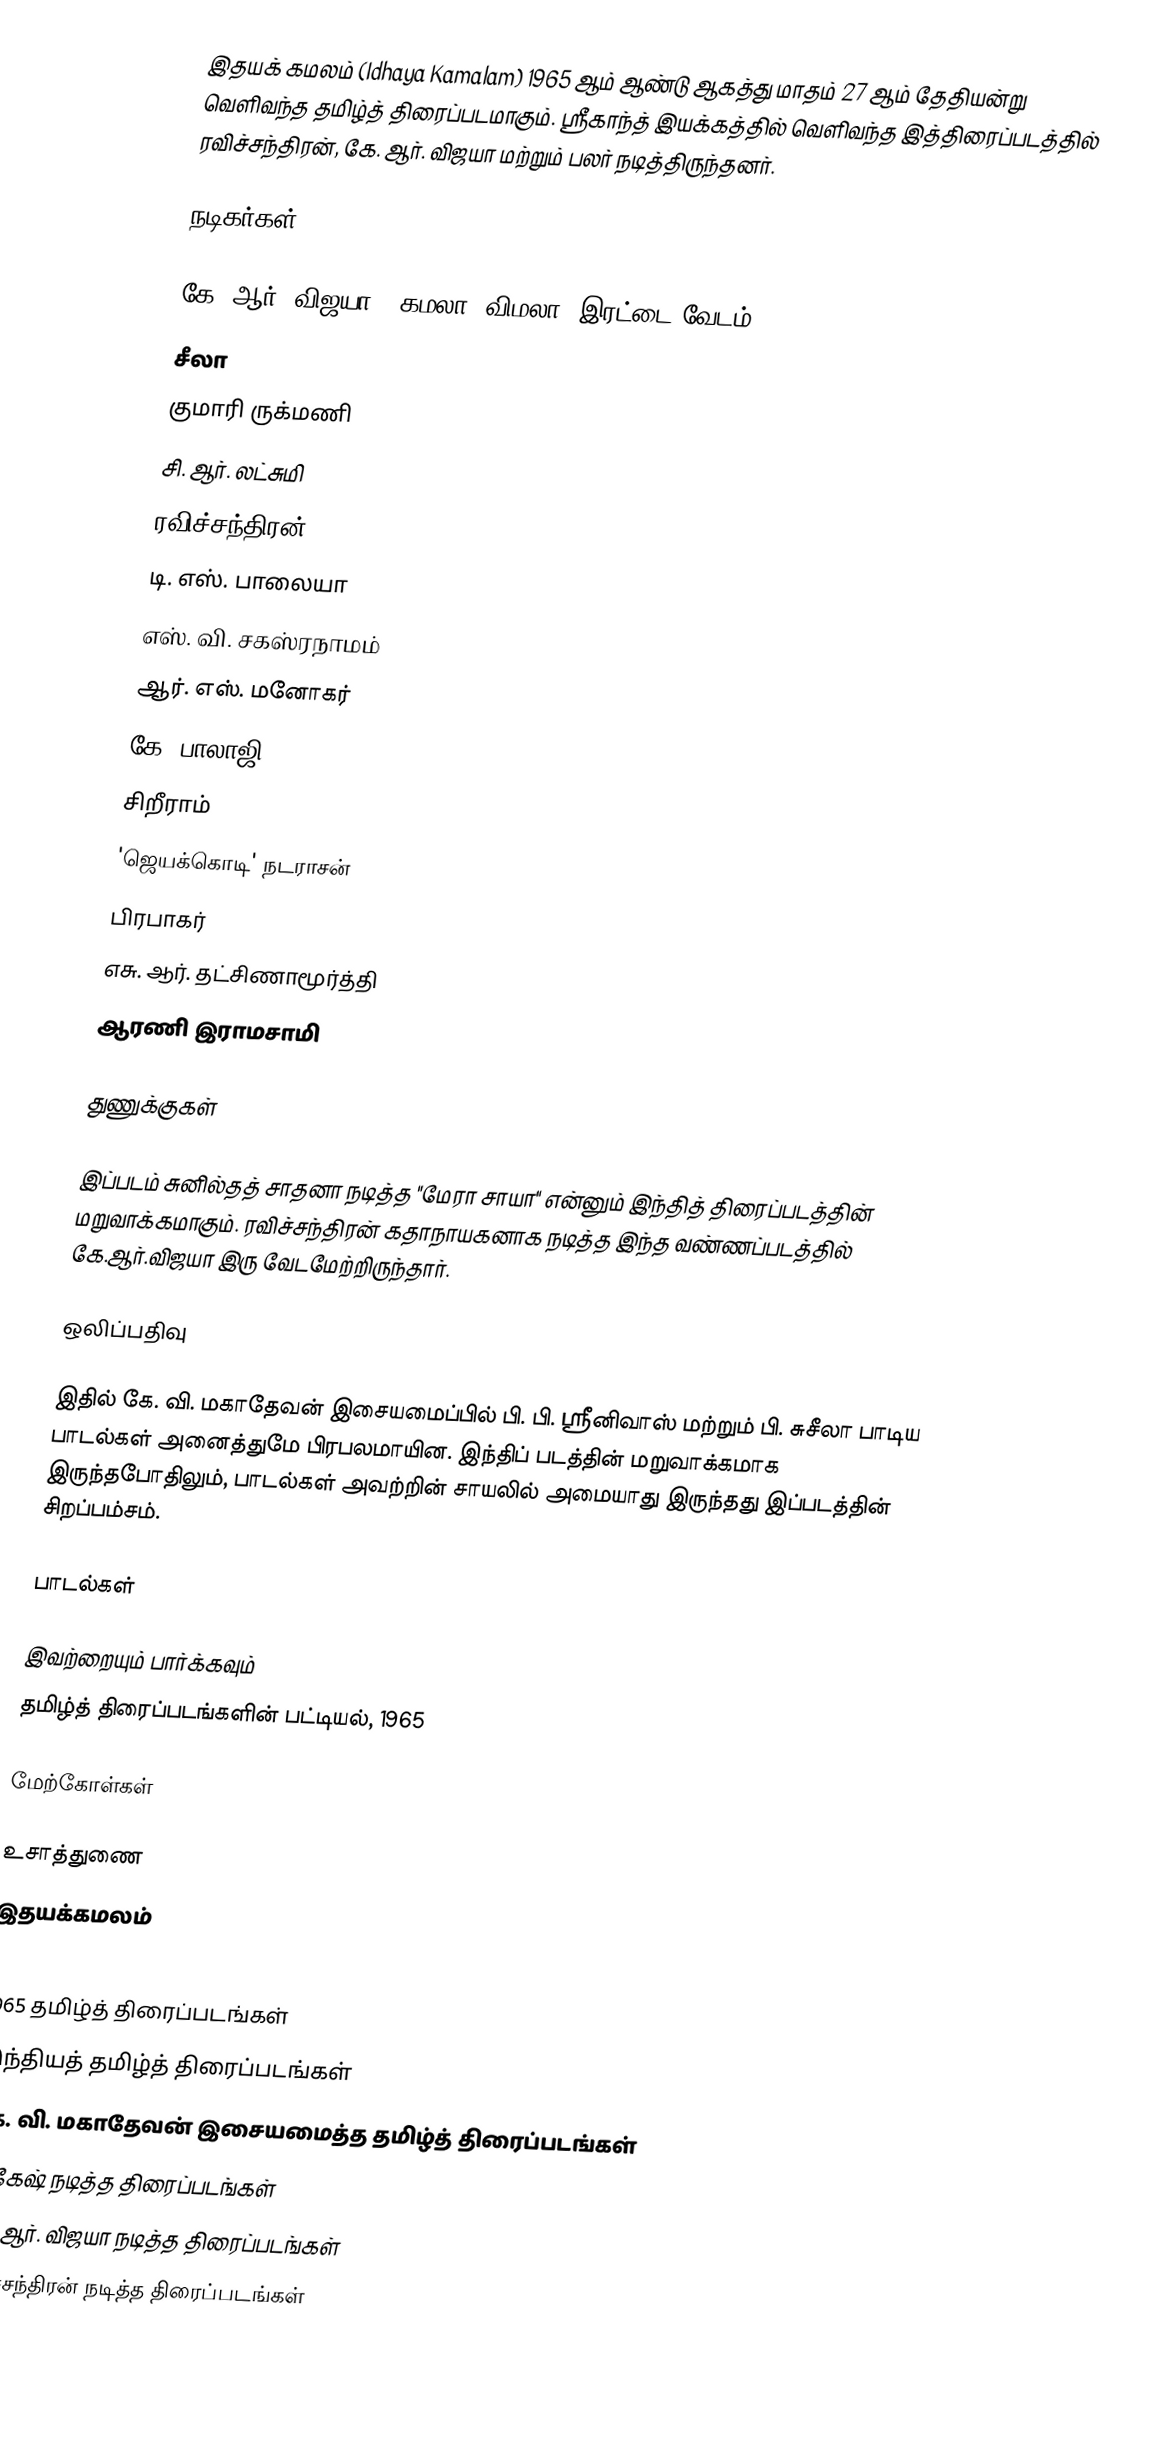
இதயக் கமலம் (Idhaya Kamalam) 1965 ஆம் ஆண்டு ஆகத்து மாதம் 27 ஆம் தேதியன்று வெளிவந்த தமிழ்த் திரைப்படமாகும்.  ஸ்ரீகாந்த் இயக்கத்தில் வெளிவந்த இத்திரைப்படத்தில் ரவிச்சந்திரன், கே. ஆர். விஜயா மற்றும் பலர் நடித்திருந்தனர்.

நடிகர்கள்

 கே. ஆர். விஜயா - கமலா, விமலா (இரட்டை வேடம்)
 சீலா
 குமாரி ருக்மணி
 சி. ஆர். லட்சுமி
 ரவிச்சந்திரன்
 டி. எஸ். பாலையா
 எஸ். வி. சகஸ்ரநாமம்
 ஆர். எஸ். மனோகர்
 கே. பாலாஜி
 சிறீராம்
 'ஜெயக்கொடி' நடராசன்
 பிரபாகர்
 எசு. ஆர். தட்சிணாமூர்த்தி
 ஆரணி இராமசாமி

துணுக்குகள்

இப்படம் சுனில்தத் சாதனா நடித்த "மேரா சாயா" என்னும் இந்தித் திரைப்படத்தின் மறுவாக்கமாகும். ரவிச்சந்திரன் கதாநாயகனாக நடித்த இந்த வண்ணப்படத்தில் கே.ஆர்.விஜயா இரு வேடமேற்றிருந்தார்.

ஒலிப்பதிவு

இதில் கே. வி. மகாதேவன் இசையமைப்பில் பி. பி. ஸ்ரீனிவாஸ் மற்றும் பி. சுசீலா பாடிய பாடல்கள் அனைத்துமே பிரபலமாயின. இந்திப் படத்தின் மறுவாக்கமாக இருந்தபோதிலும், பாடல்கள் அவற்றின் சாயலில் அமையாது இருந்தது இப்படத்தின் சிறப்பம்சம்.

பாடல்கள்

இவற்றையும் பார்க்கவும்
 தமிழ்த் திரைப்படங்களின் பட்டியல், 1965

மேற்கோள்கள்

உசாத்துணை
 இதயக்கமலம்

1965 தமிழ்த் திரைப்படங்கள்
இந்தியத் தமிழ்த் திரைப்படங்கள்
கே. வி. மகாதேவன் இசையமைத்த தமிழ்த் திரைப்படங்கள்
நாகேஷ் நடித்த திரைப்படங்கள்
கே. ஆர். விஜயா நடித்த திரைப்படங்கள்
ரவிச்சந்திரன் நடித்த திரைப்படங்கள்